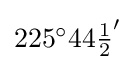
{\textstyle 225^{\circ }44{\frac {1}{2}}'}